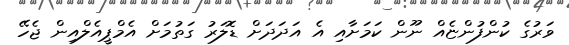
ވަރުގެ ކުންފުންޏެއް ނޫން ކަމަށާއި އެ އަދަދަށް ޑޮލަރު ގަތުމަށް އެމްޕީއެލްއިން ޖެހޭ